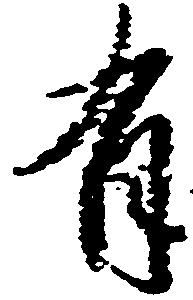
有